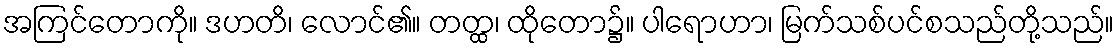
အကြင်တောကို။ ဒဟတိ၊ လောင်၏။ တတ္ထ၊ ထိုတော၌။ ပါရောဟာ၊ မြက်သစ်ပင်စသည်တို့သည်။